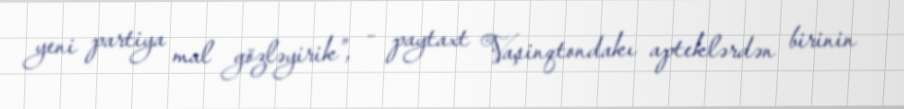
yeni partiya mal gözləyirik”, - paytaxt Vaşinqtondakı apteklərdən birinin